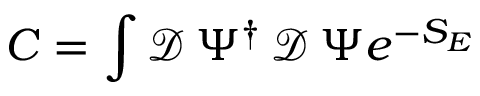
C = \int \mathcal { D } \, \Psi ^ { \dagger } \, \mathcal { D } \, \Psi e ^ { - S _ { E } }